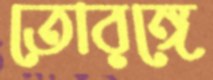
তোরঙ্গে